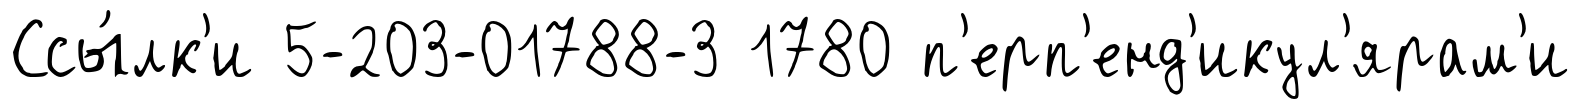
Ссы́лк'и 5-203-01788-3 1780 п'ерп'енд'икул'ярам'и